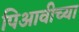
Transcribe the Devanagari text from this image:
पिआवीच्या